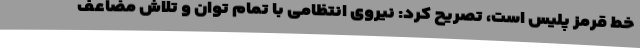
خط قرمز پلیس است، تصریح کرد: نیروی انتظامی با تمام توان و تلاش مضاعف